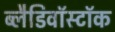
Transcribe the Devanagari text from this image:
ब्लैडिवॉस्टॉक